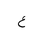
Letter: _ayn